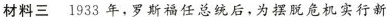
材料三 1933年，罗斯福任总统后，为摆脱危机实行新